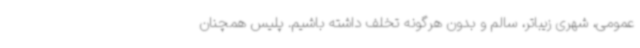
عمومی، شهری زیباتر، سالم و بدون هرگونه تخلف داشته باشیم. پلیس همچنان